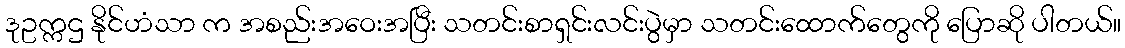
ဒုဥက္ကဌ နိုင်ဟံသာ က အစည်းအဝေးအပြီး သတင်းစာရှင်းလင်းပွဲမှာ သတင်းထောက်တွေကို ပြောဆို ပါတယ်။